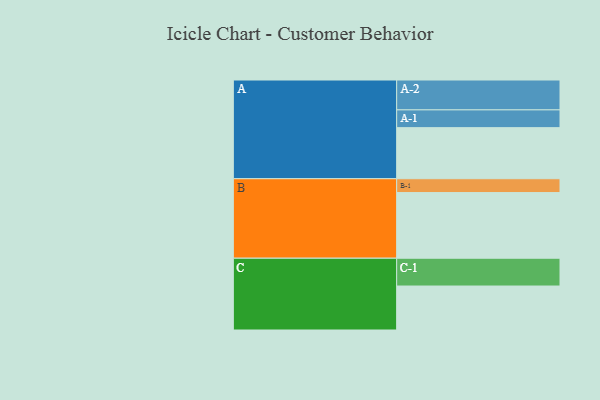
{"axis": {"x": "Segment", "y": "Value"}, "legend": ["", "A", "B", "C"], "data": [{"x": "A", "y": 417, "type": ""}, {"x": "B", "y": 536, "type": ""}, {"x": "C", "y": 359, "type": ""}, {"x": "A-1", "y": 145, "type": "A"}, {"x": "A-2", "y": 244, "type": "A"}, {"x": "B-1", "y": 113, "type": "B"}, {"x": "C-1", "y": 227, "type": "C"}]}